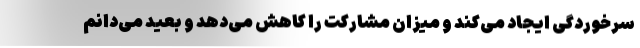
سرخوردگی ایجاد می‌کند و میزان مشارکت را کاهش می‌دهد و بعید می‌دانم